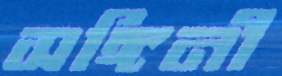
সঙ্গিনী